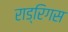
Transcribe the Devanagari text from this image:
राड्रिगस